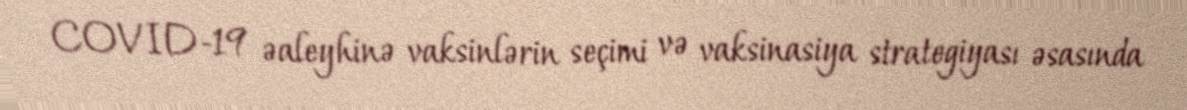
COVID-19 əaleyhinə vaksinlərin seçimi və vaksinasiya strategiyası əsasında